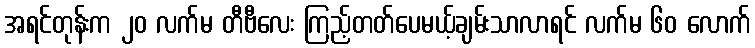
အရင်တုန်းက ၂၀ လက်မ တီဗီလေး ကြည့်တတ်ပေမယ့်ချမ်းသာလာရင် လက်မ ၆၀ လောက်